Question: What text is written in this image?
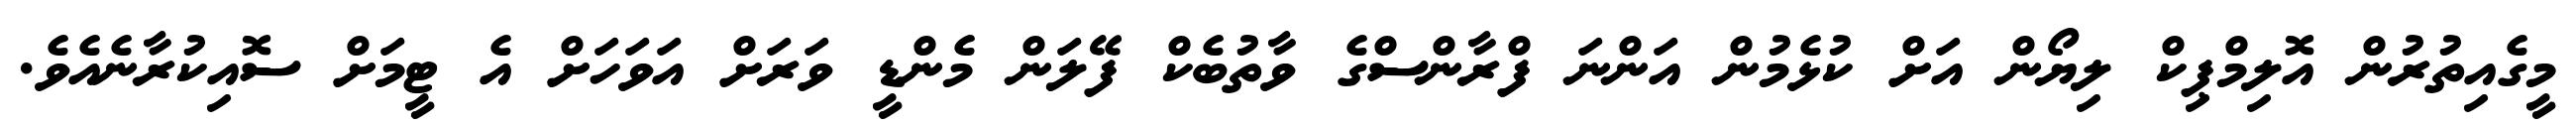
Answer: މީގެއިތުރުން އޮލިމްޕިކް ލިޔޯން އަށް ކުޅެމުން އަންނަ ފްރާންސްގެ ވާތުބެކް ފޭލަން މެންޑީ ވަރަށް އަވަހަށް އެ ޓީމަށް ސޮއިކުރާނެއެވެ.